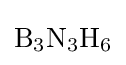
{\ce {B_3N_3H_6}}